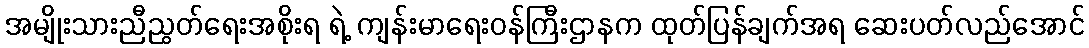
အမျိုးသားညီညွတ်ရေးအစိုးရ ရဲ့ ကျန်းမာရေးဝန်ကြီးဌာနက ထုတ်ပြန်ချက်အရ ဆေးပတ်လည်အောင်